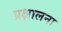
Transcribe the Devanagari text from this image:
प्रक्षालना